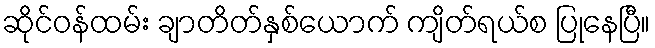
ဆိုင်ဝန်ထမ်း ချာတိတ်နှစ်ယောက် ကျိတ်ရယ်စ ပြုနေပြီ။